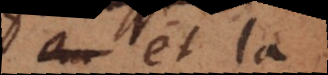
et la